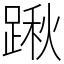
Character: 踿